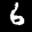
Label: 6